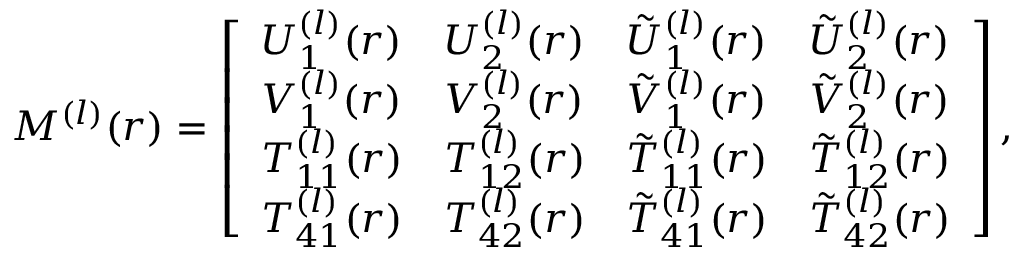
\begin{array} { r } { M ^ { ( l ) } ( r ) = \left[ \begin{array} { l l l l } { U _ { 1 } ^ { ( l ) } ( r ) } & { U _ { 2 } ^ { ( l ) } ( r ) } & { \tilde { U } _ { 1 } ^ { ( l ) } ( r ) } & { \tilde { U } _ { 2 } ^ { ( l ) } ( r ) } \\ { V _ { 1 } ^ { ( l ) } ( r ) } & { V _ { 2 } ^ { ( l ) } ( r ) } & { \tilde { V } _ { 1 } ^ { ( l ) } ( r ) } & { \tilde { V } _ { 2 } ^ { ( l ) } ( r ) } \\ { T _ { 1 1 } ^ { ( l ) } ( r ) } & { T _ { 1 2 } ^ { ( l ) } ( r ) } & { \tilde { T } _ { 1 1 } ^ { ( l ) } ( r ) } & { \tilde { T } _ { 1 2 } ^ { ( l ) } ( r ) } \\ { T _ { 4 1 } ^ { ( l ) } ( r ) } & { T _ { 4 2 } ^ { ( l ) } ( r ) } & { \tilde { T } _ { 4 1 } ^ { ( l ) } ( r ) } & { \tilde { T } _ { 4 2 } ^ { ( l ) } ( r ) } \end{array} \right] , } \end{array}